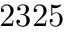
2 3 2 5